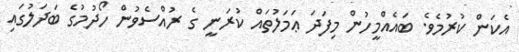
އެކަން ކުރުމެވެ. ބައެއްމީހުން މިފަދަ ޢަމަލުތައް ކުރަނީ ގެ ރުއްސެވުން ހޯދުމުގެ ބަދަލުގައި